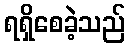
ရရှိစေခဲ့သည်